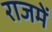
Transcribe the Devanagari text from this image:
राजमें